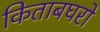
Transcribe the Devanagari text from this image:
किताबघरो